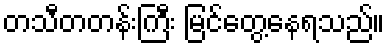
တသီတတန်းကြီး မြင်တွေ့နေရသည်။